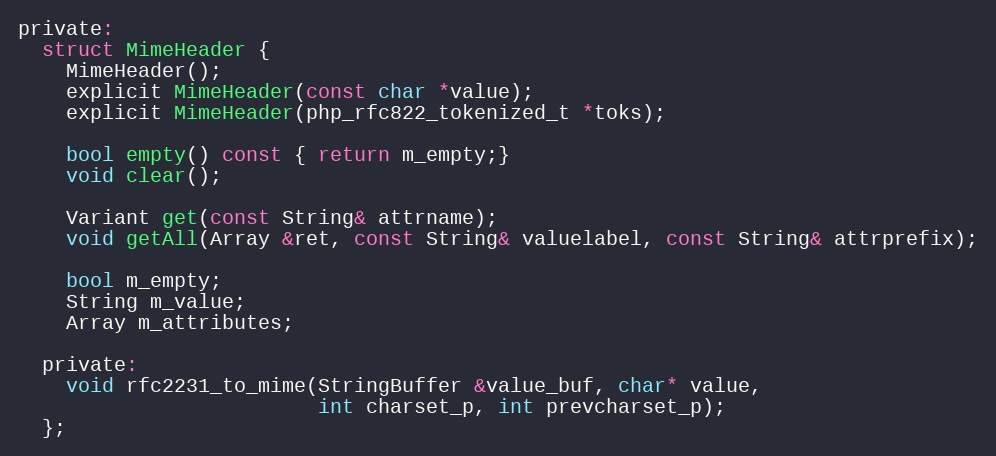
Language: C
private:
  struct MimeHeader {
    MimeHeader();
    explicit MimeHeader(const char *value);
    explicit MimeHeader(php_rfc822_tokenized_t *toks);

    bool empty() const { return m_empty;}
    void clear();

    Variant get(const String& attrname);
    void getAll(Array &ret, const String& valuelabel, const String& attrprefix);

    bool m_empty;
    String m_value;
    Array m_attributes;

  private:
    void rfc2231_to_mime(StringBuffer &value_buf, char* value,
                         int charset_p, int prevcharset_p);
  };